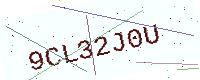
Text: 9CL32J0U